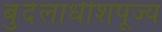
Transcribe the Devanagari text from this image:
बुंदेलाधीशपूज्य